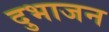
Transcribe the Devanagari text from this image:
दुभाजन